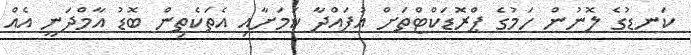
ކަނޑުގެ ލޮނުން ހަމުގެ ޕްރޮޑަކްޓްތަށް އުފައްދާ ކަމަށާއި އެތަކެތިން ބޮޑު އާމްދަނީ އެއް